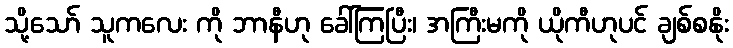
သို့သော် သူကလေး ကို ဘာနီဟု ခေါ်ကြပြီး၊ အကြီးမကို ယိုကီဟုပင် ချစ်စနိုး